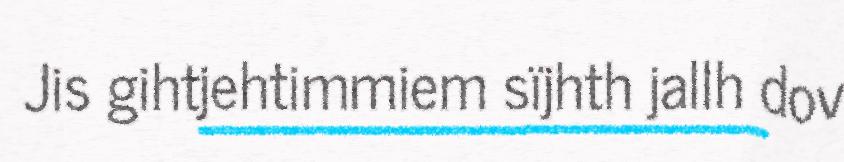
Jis gihtjehtimmiem sïjhth jallh dov